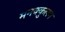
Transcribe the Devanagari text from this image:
मनक्कुलम